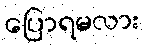
ပြောရမလား